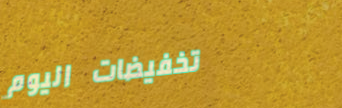
تخفيضات اليوم